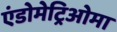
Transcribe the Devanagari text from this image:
एंडोमेट्रिओमा